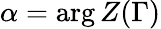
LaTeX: \alpha=\arg Z(\Gamma)